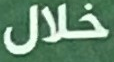
خلال